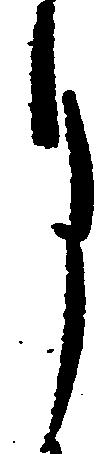
月